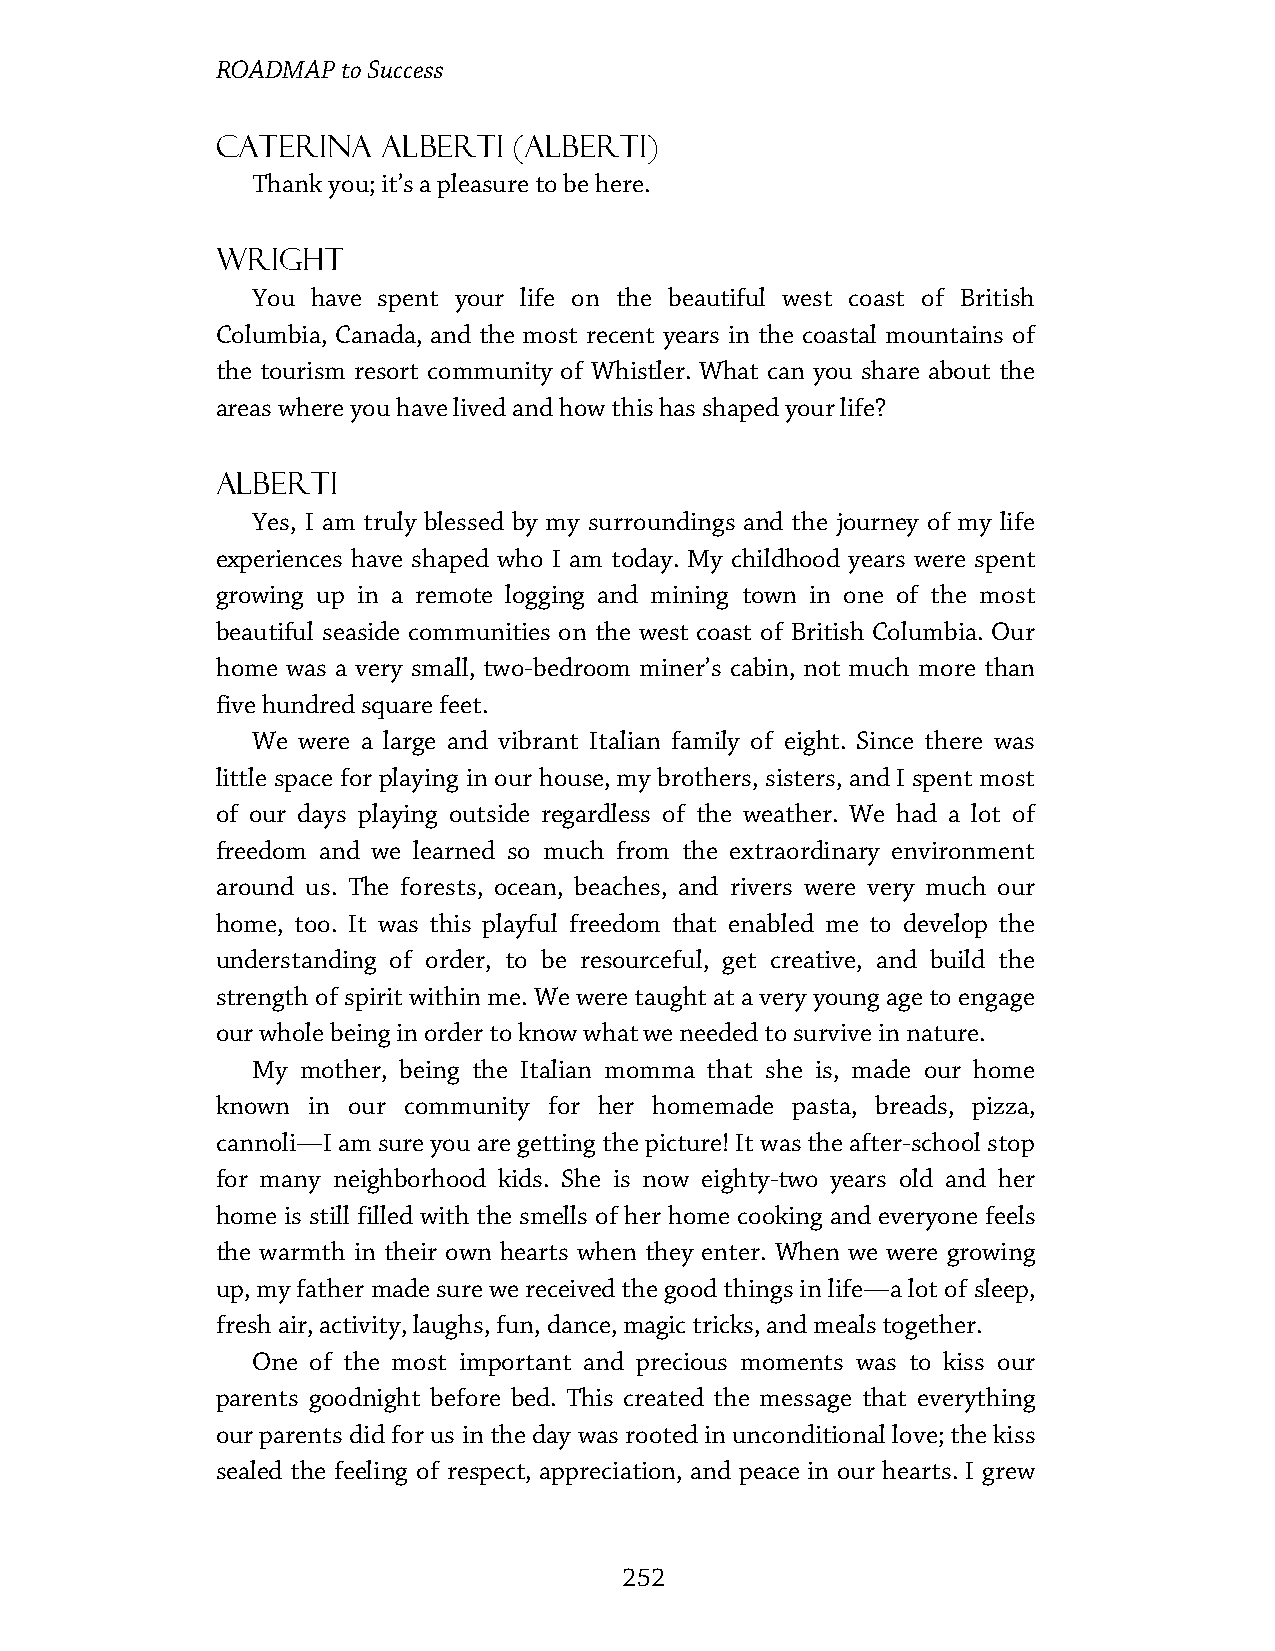
ROADMAP  to Success
 Caterina   Alberti  (Alberti)
 Thank you; it’s a pleasure to be here.
 Wright
 You have spent your life on the beautiful west coast of British
 Columbia, Canada, and the most recent years in the coastal mountains of
 the tourism resort community of Whistler. What can you share about the
 areas where you have lived and how this has shaped your life?
 Alberti
 Yes, I am truly blessed by my surroundings and the journey of my life
 experiences have shaped who I am today. My childhood years were spent
 growing up in a remote logging and mining town in one of the most
 beautiful seaside communities on the west coast of British Columbia. Our
 home was a very small, two-bedroom miner’s cabin, not much more than
 five hundred square feet.
 We were a large and vibrant Italian family of eight. Since there was
 little space for playing in our house, my brothers, sisters, and I spent most
 of our days playing outside regardless of the weather. We had a lot of
 freedom and we learned so much from the extraordinary environment
 around us. The forests, ocean, beaches, and rivers were very much our
 home, too. It was this playful freedom that enabled me to develop the
 understanding of order, to be resourceful, get creative, and build the
 strength of spirit within me. We were taught at a very young age to engage
 our whole being in order to know what we needed to survive in nature.
 My mother, being the Italian momma that she is, made our home
 known in our community for her homemade pasta, breads, pizza,
 cannoli—I am sure you are getting the picture! It was the after-school stop
 for many neighborhood kids. She is now eighty-two years old and her
 home is still filled with the smells of her home cooking and everyone feels
 the warmth in their own hearts when they enter. When we were growing
 up, my father made sure we received the good things in life—a lot of sleep,
 fresh air, activity, laughs, fun, dance, magic tricks, and meals together.
 One of the most important and precious moments was to kiss our
 parents goodnight before bed. This created the message that everything
 our parents did for us in the day was rooted in unconditional love; the kiss
 sealed the feeling of respect, appreciation, and peace in our hearts. I grew
 252